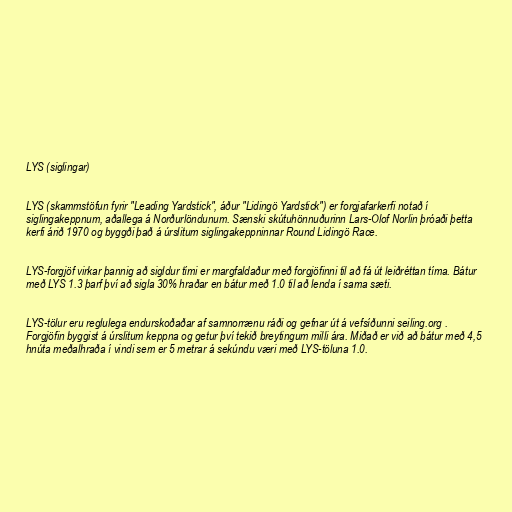
LYS (siglingar)

LYS (skammstöfun fyrir "Leading Yardstick", áður "Lidingö Yardstick") er forgjafarkerfi notað í
siglingakeppnum, aðallega á Norðurlöndunum. Sænski skútuhönnuðurinn Lars-Olof Norlin þróaði þetta
kerfi árið 1970 og byggði það á úrslitum siglingakeppninnar Round Lidingö Race.

LYS-forgjöf virkar þannig að sigldur tími er margfaldaður með forgjöfinni til að fá út leiðréttan tíma. Bátur
með LYS 1.3 þarf því að sigla 30% hraðar en bátur með 1.0 til að lenda í sama sæti.

LYS-tölur eru reglulega endurskoðaðar af samnorrænu ráði og gefnar út á vefsíðunni seiling.org .
Forgjöfin byggist á úrslitum keppna og getur því tekið breytingum milli ára. Miðað er við að bátur með 4,5
hnúta meðalhraða í vindi sem er 5 metrar á sekúndu væri með LYS-töluna 1.0.